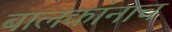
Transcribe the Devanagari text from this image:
बालकांनाच